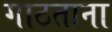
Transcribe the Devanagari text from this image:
गाठताना